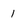
Character: 1